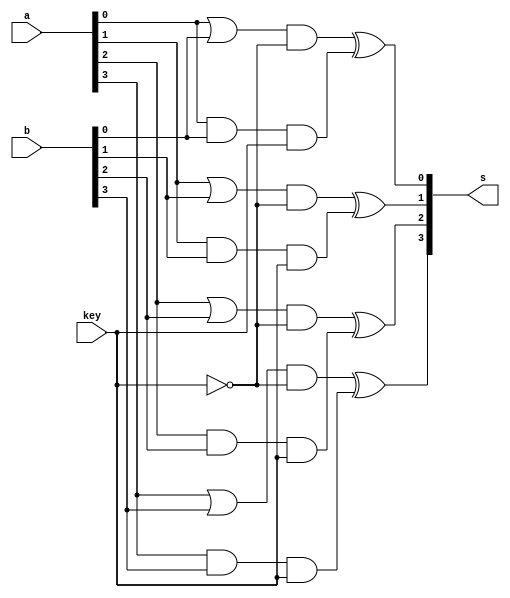
// Exemplo0022 - F4
// Nome: Tiago Moreira

// -- f4_gate

module f4_gate(output [3:0]s,input [3:0]a, input [3:0]b, input key);

//saidas intermediarias
wire [3:0]s0;
wire [3:0]s1;
wire s2;
wire [3:0]s3;
wire [3:0]s4;

//bit a bit
	or o1(s0[0],a[0],b[0]);
	or o2(s0[1],a[1],b[1]);
	or o3(s0[2],a[2],b[2]);
	or o4(s0[3],a[3],b[3]);

	and a1(s1[0],a[0],b[0]);
	and a2(s1[1],a[1],b[1]);
	and a3(s1[2],a[2],b[2]);
	and a4(s1[3],a[3],b[3]);
	
	not n1 (s2,key);
	
	and a5(s3[0],s0[0],s2);
	and a6(s3[1],s0[1],s2);
	and a7(s3[2],s0[2],s2);
	and a8(s3[3],s0[3],s2);
	
	and a9(s4[0],s1[0],key);
	and a10(s4[1],s1[1],key);
	and a11(s4[2],s1[2],key);
	and a12(s4[3],s1[3],key);
	
	xor x0(s[0],s3[0],s4[0]);
	xor x1(s[1],s3[1],s4[1]);
	xor x2(s[2],s3[2],s4[2]);
	xor x3(s[3],s3[3],s4[3]);
	
endmodule //f4

module testf4;

// ---- dados locais

reg [3:0]a;
reg [3:0]b;
reg key;
wire [3:0]s;

	f4_gate AUX(s,a,b,key);	

initial
	begin
	a = 4'b0000;	b = 4'b0000;	key = 1'b0;
	end
// ---- parte principal

initial
	begin
	
	//execucao unitaria
	$display ("Exemplo0022 - Tiago Moreira - 438948");
	$display ("Test LU's module\n");

	$display ("Chave = 0-OR/1-AND");
	
	#1		$display ("Chave = %b\n%b | %b = %b",key,a,b,s);
	#1		a = 4'b0011;	b = 4'b0101;
	#1		$display ("%b | %b = %b",a,b,s);
	#1		a = 4'b1111;	b = 4'b1111;
	#1		$display ("%b | %b = %b",a,b,s);
	#1		a = 4'b1111;	b = 4'b0000;
	#1		$display ("%b | %b = %b",a,b,s);
	#1		a = 4'b0110;	b = 4'b1010;
	#1		$display ("%b | %b = %b",a,b,s);
	
	#1		a = 4'b0000;	b = 4'b0000;	key = 1'b1;
	#1		$display ("Chave = %b\n%b & %b = %b",key,a,b,s);
	#1		a = 4'b0011;	b = 4'b0101;
	#1		$display ("%b & %b = %b",a,b,s);
	#1		a = 4'b1111;	b = 4'b1111;
	#1		$display ("%b & %b = %b",a,b,s);
	#1		a = 4'b1111;	b = 4'b0000;
	#1		$display ("%b & %b = %b",a,b,s);
	#1		a = 4'b0110;	b = 4'b1010;
	#1		$display ("%b & %b = %b",a,b,s);
	
	end
endmodule //testf4

// -- Documentacao complementar
 
/*
 		Historico
 Nome						Data				Modificacao
 Exemplo0021			23/08/2011		Esboco Modulo com Descricao de circuito usando portas nativas(AND,OR)
 Exemplo0022			23/08/2011		Esboco Modulo com Descricao de circuito usando portas nativas(AND,OR),selecionavel
 
			Testes e Resultados

 Exemplo0021
 	Resultados esperados
	a			b			a&b		a|b
	0000		0000		0000		0000	ok
	0011		0101		0001		0111	ok
	1111		1111		1111		1111	ok
	1111		0000		0000		1111	ok
	0110		1010		0010		1110	ok

 Exemplo0022
 	Resultados esperados
chave		a			b			a|b
	0		0000		0000		0000	ok
	0		0011		0101		0111	ok
	0		1111		1111		1111	ok
	0		1111		0000		1111	ok
	0		0110		1010		1110	ok
									a&b
	1		0000		0000		0000	ok
	1		0011		0101		0001	ok
	1		1111		1111		1111	ok
	1		1111		0000		0000	ok
	1		0110		1010		0010	ok

*/